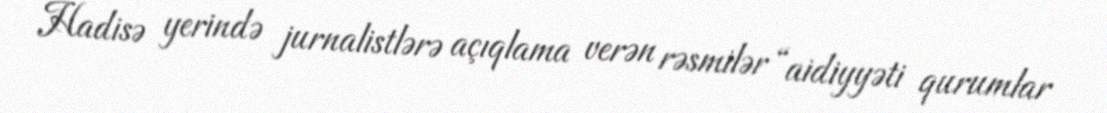
Hadisə yerində jurnalistlərə açıqlama verən rəsmilər “aidiyyəti qurumlar